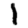
Digit: 1